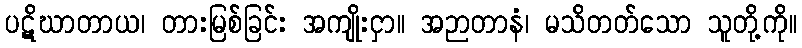
ပဋိဃာတာယ၊ တားမြစ်ခြင်း အကျိုးငှာ။ အဉာတာနံ၊ မသိတတ်သော သူတို့ကို။